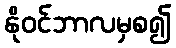
နိုဝင်ဘာလမှစ၍